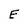
Character: E